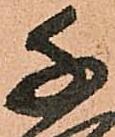
千